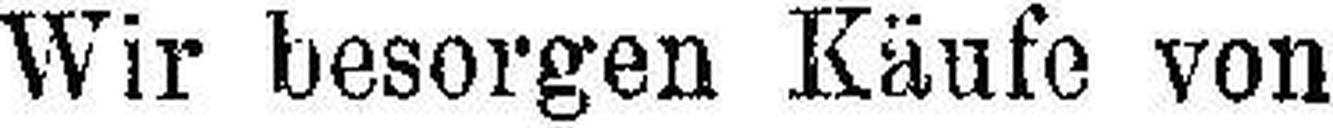
Wir besorgen Käufe von